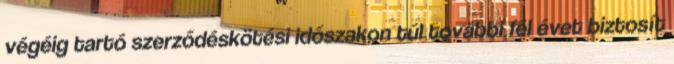
végéig tartó szerződéskötési időszakon túl további fél évet biztosít